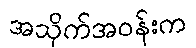
အသိုက်အဝန်းက